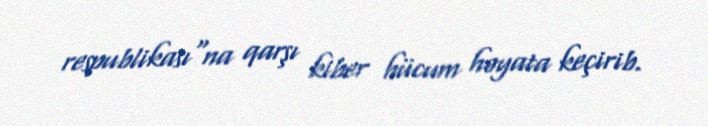
respublikası"na qarşı kiber hücum həyata keçirib.